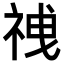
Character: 𫀍